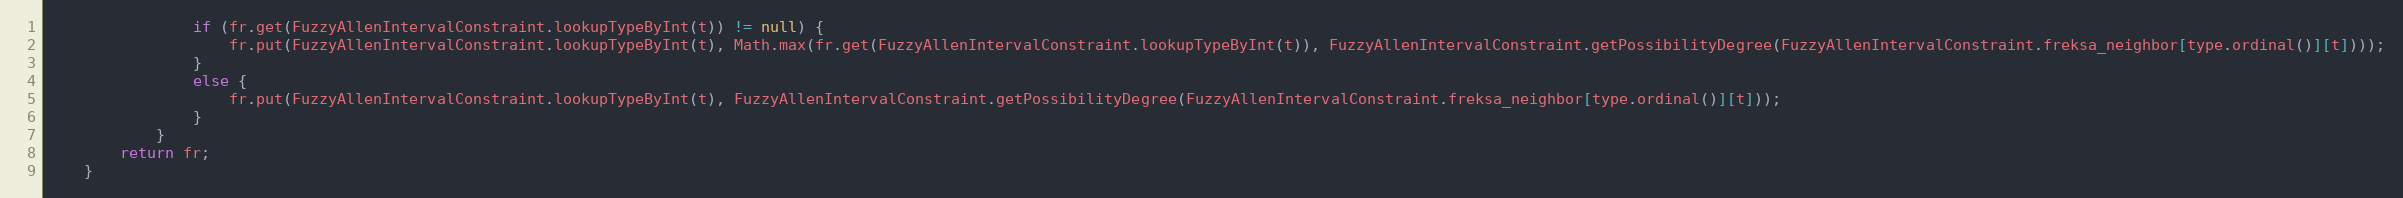
Language: Java
				if (fr.get(FuzzyAllenIntervalConstraint.lookupTypeByInt(t)) != null) {
					fr.put(FuzzyAllenIntervalConstraint.lookupTypeByInt(t), Math.max(fr.get(FuzzyAllenIntervalConstraint.lookupTypeByInt(t)), FuzzyAllenIntervalConstraint.getPossibilityDegree(FuzzyAllenIntervalConstraint.freksa_neighbor[type.ordinal()][t])));
				}
				else {
					fr.put(FuzzyAllenIntervalConstraint.lookupTypeByInt(t), FuzzyAllenIntervalConstraint.getPossibilityDegree(FuzzyAllenIntervalConstraint.freksa_neighbor[type.ordinal()][t]));
				}
			}
		return fr;
	}